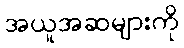
အယူအဆများကို